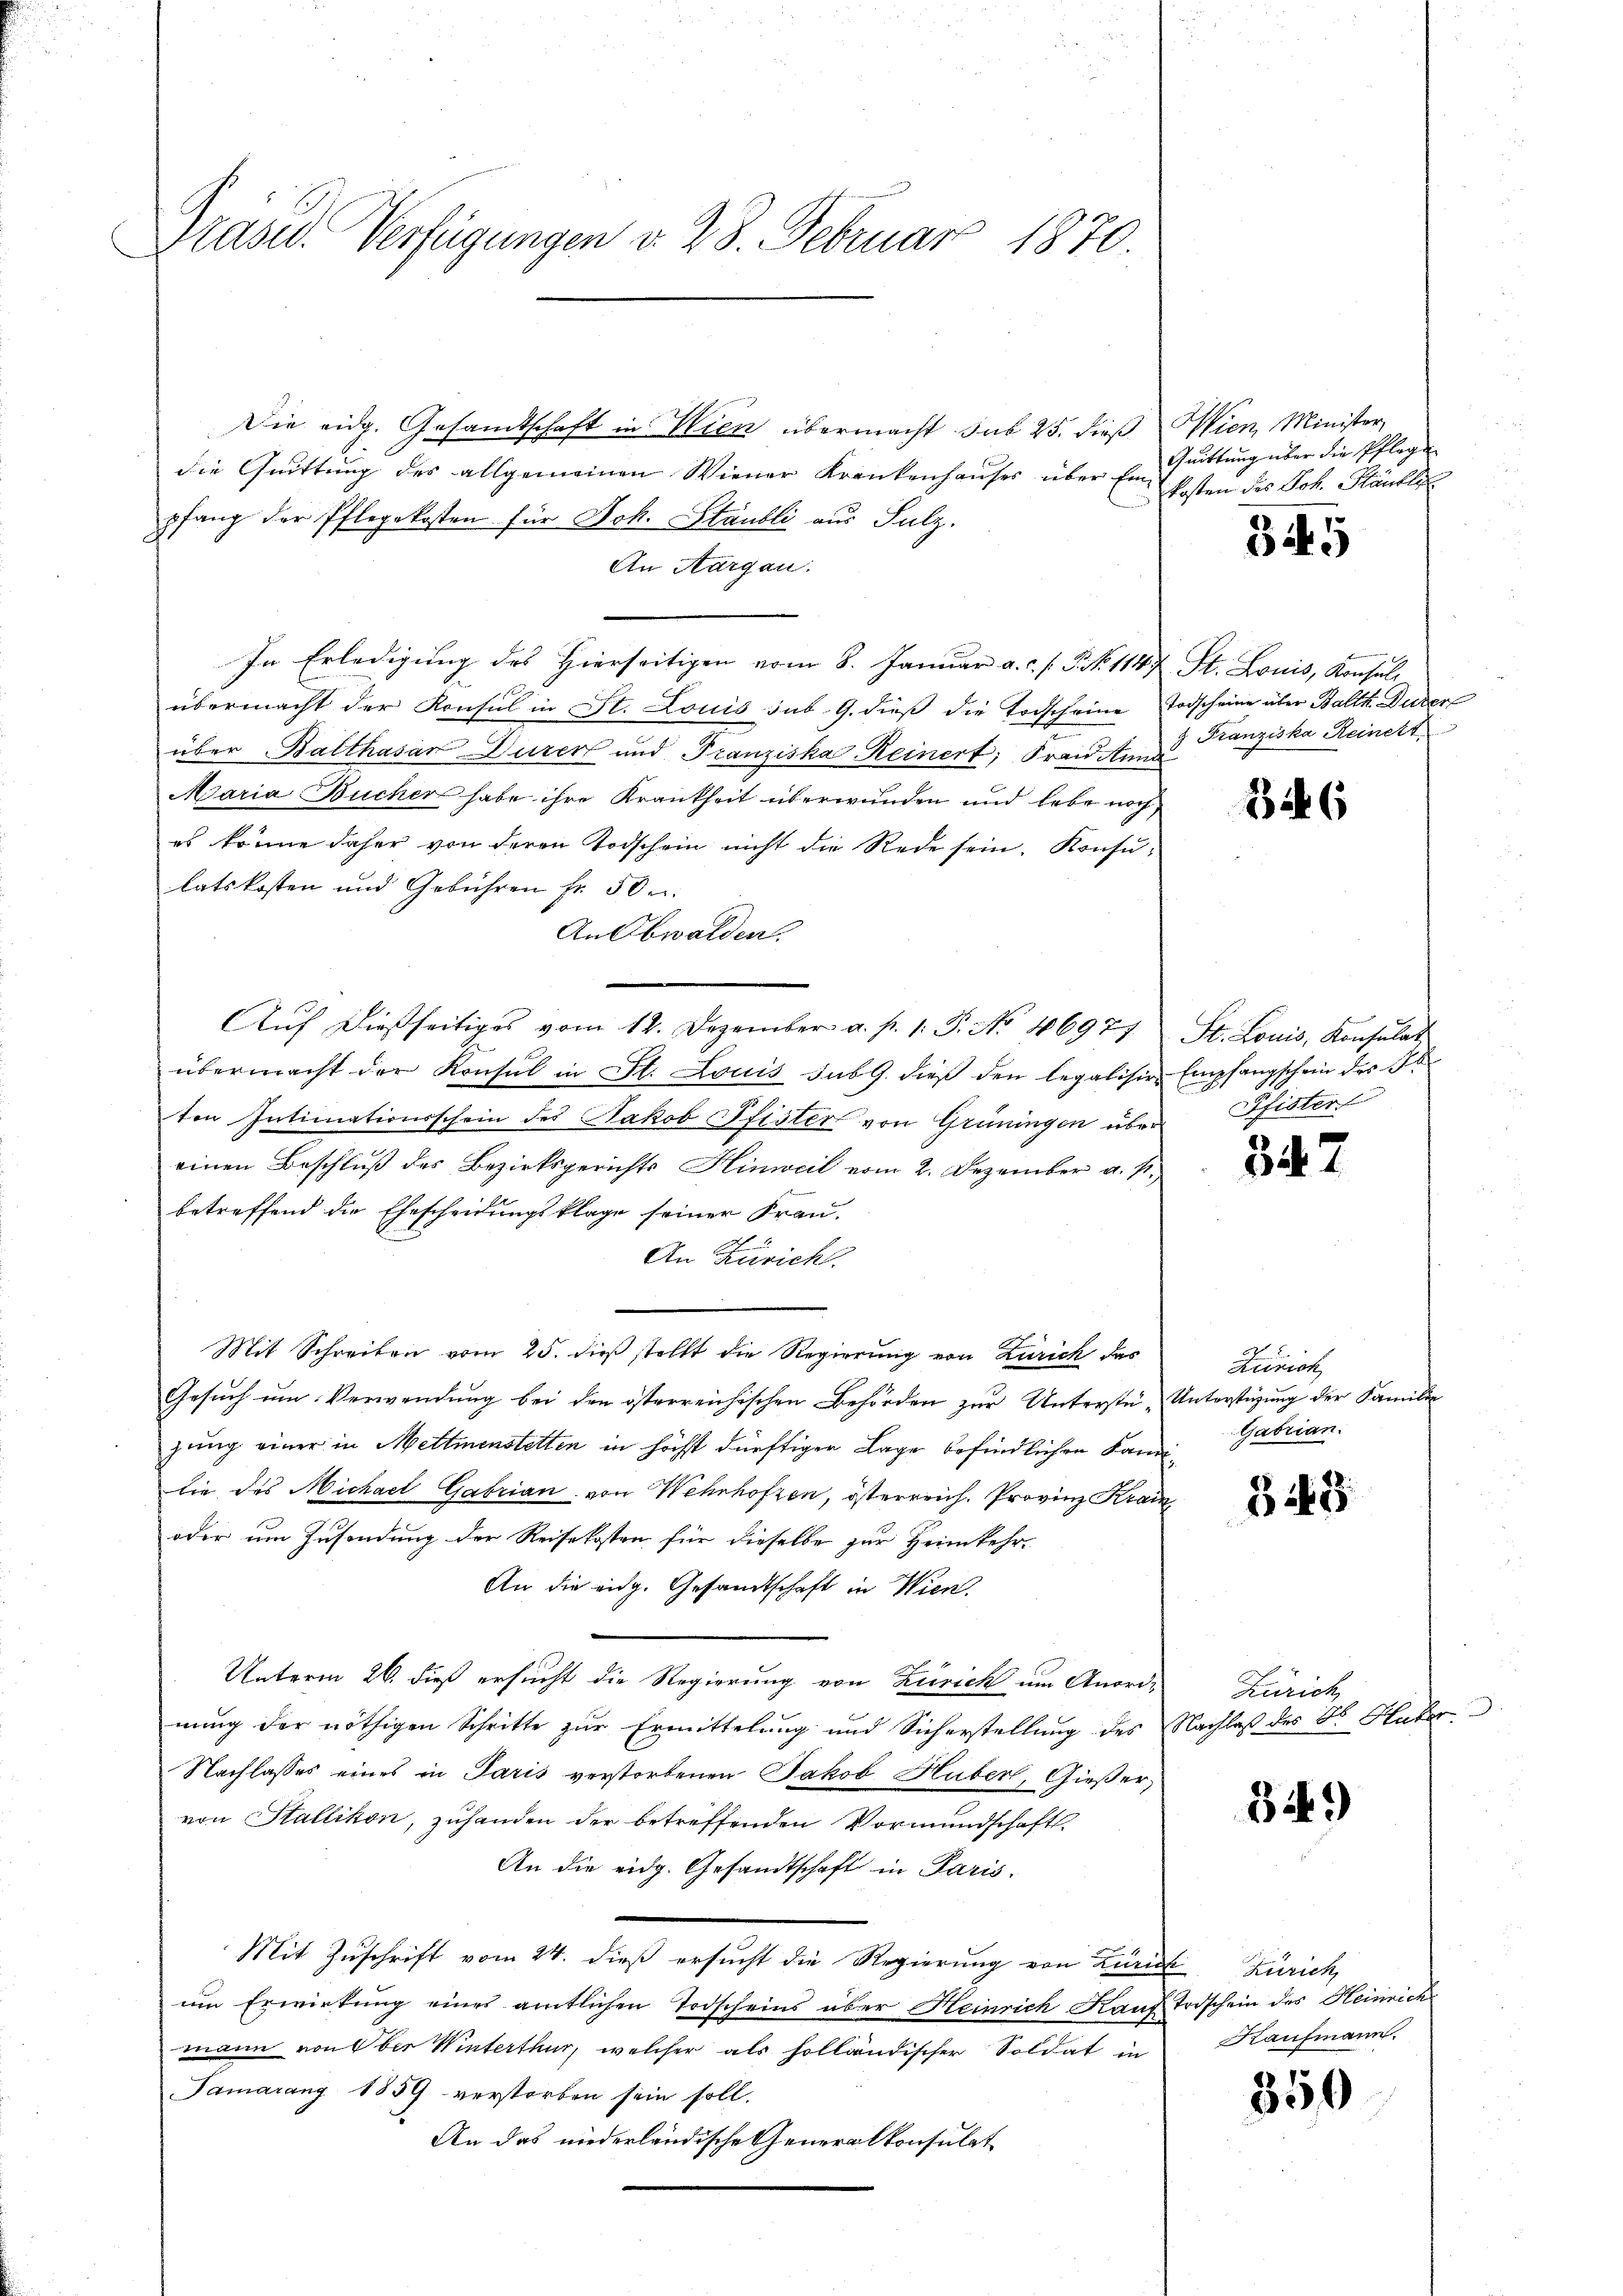
Präsid. Verfügungen v. 23. Februar 1870

Die eidg. Gesamtschaft in Wien übermacht sub 25. dieß
die Quittung des allgemeinen Wiener Krankenhauses über Einpfang der Pflegekosten für Joh. Stäubli aus Sulz
An Aargau.
In Erledigung des Hierseitigen vom 8. Januar a.c. s. P. No 114;
übermacht der Konsul in St. Louis sub. G. dieß die Todscheine
über Balthasar Durer und Franziska Keinert, Frau Ann
Maria Bucher habe ihre Krankheit überwunden und lebe noch
es könne daher von deren Todschein nicht die Rede sein. Konsulatskosten und Gebühren fr. 50 u
An Obwalden.
.
Auf dießseitiges vom 12. Dezember a. p. 1. P. No. 46977
übermacht der Konsul in St. Louis sub G. dieß den legalisir
ten Intimationsschein des Jakob Pfister von Grüningen über
einen Beschluß des Bezirksgerichts Hinweil vom 2. Dezember a. p.
betreffend die Ehescheidungsklage seiner Frau-
An Zürich.
Mit Schreiben vom 25. dieß stellt die Regierung von Zürich das
Gesuch um Verwendung bei den österreichischen Behörden zur Unterstü-
zung einer in Mettmenstetten in höchst dürftigen Lage befindlichen Kandie des Michael Gabrian von Wehrhofzen, österreich. Provinz Krai
oder um Zusendung der Reisekosten für dieselbe zur Heimkehr-
An die eidg. Gesandtschaft in Wien.
Unterm 26. dieß ersucht die Regierung von Zürich um Anord-
nung der nöthigen Schritte zur Ermittelung und Sicherstellung des
Nachlasses eines in Paris verstorbenen Jakob Huber, Gießer,
von Stallikon, zuhanden der betreffenden Vormundschaft.
An die eidg. Gesandtschaft in Paris.
Mit Zuschrift vom 24. dieß ersucht die Regierung von Luri-
um Erwirkung eines amtlichen Todscheins über Heinrich Kauf
mann von bei Winterthur, welcher als holländischer Soldat in
Tamarang 1859 verstorben sein soll.
An das niederländische Generalkonsulat

Wien, Minister,
Quittung über die Pflege
kosten des Joh. Händli

34. 5

St. Louis, Konsul
Todscheine über Balth. Durer
" Franziska Reinert

346

St. Louis, Konsulat
Empfangschein des St
Pfister

342

Zürich
Unterstüzung der Familie
Gabrian.

B 443

Zürich,
Nachlaß des Dr. Huber

34.)

Zürich,
Trischein des Heinrich
Kaufmann.

350